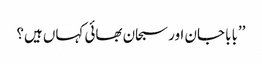
’’بابا جان اور سبحان بھائی کہاں ہیں؟